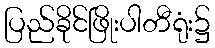
ပြည်ခိုင်ဖြိုးပါတီရုံး၌